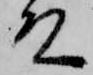
殿